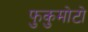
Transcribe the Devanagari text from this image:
फुकुमोटो